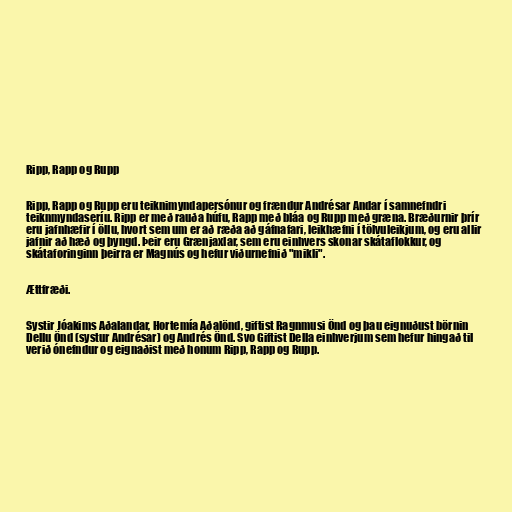
Ripp, Rapp og Rupp

Ripp, Rapp og Rupp eru teiknimyndapersónur og frændur Andrésar Andar í samnefndri
teiknmyndaseríu. Ripp er með rauða húfu, Rapp með bláa og Rupp með græna. Bræðurnir þrír
eru jafnhæfir í öllu, hvort sem um er að ræða að gáfnafari, leikhæfni í tölvuleikjum, og eru allir
jafnir að hæð og þyngd. Þeir eru Grænjaxlar, sem eru einhvers skonar skátaflokkur, og
skátaforinginn þeirra er Magnús og hefur viðurnefnið "mikli".

Ættfræði.

Systir Jóakims Aðalandar, Hortemía Aðalönd, giftist Ragnmusi Önd og þau eignuðust börnin
Dellu Önd (systur Andrésar) og Andrés Önd. Svo Giftist Della einhverjum sem hefur hingað til
verið ónefndur og eignaðist með honum Ripp, Rapp og Rupp.